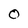
Character: O